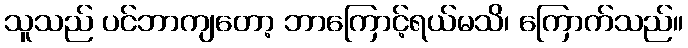
သူသည် ပင်ဘာကျတော့ ဘာကြောင့်ရယ်မသိ၊ ကြောက်သည်။